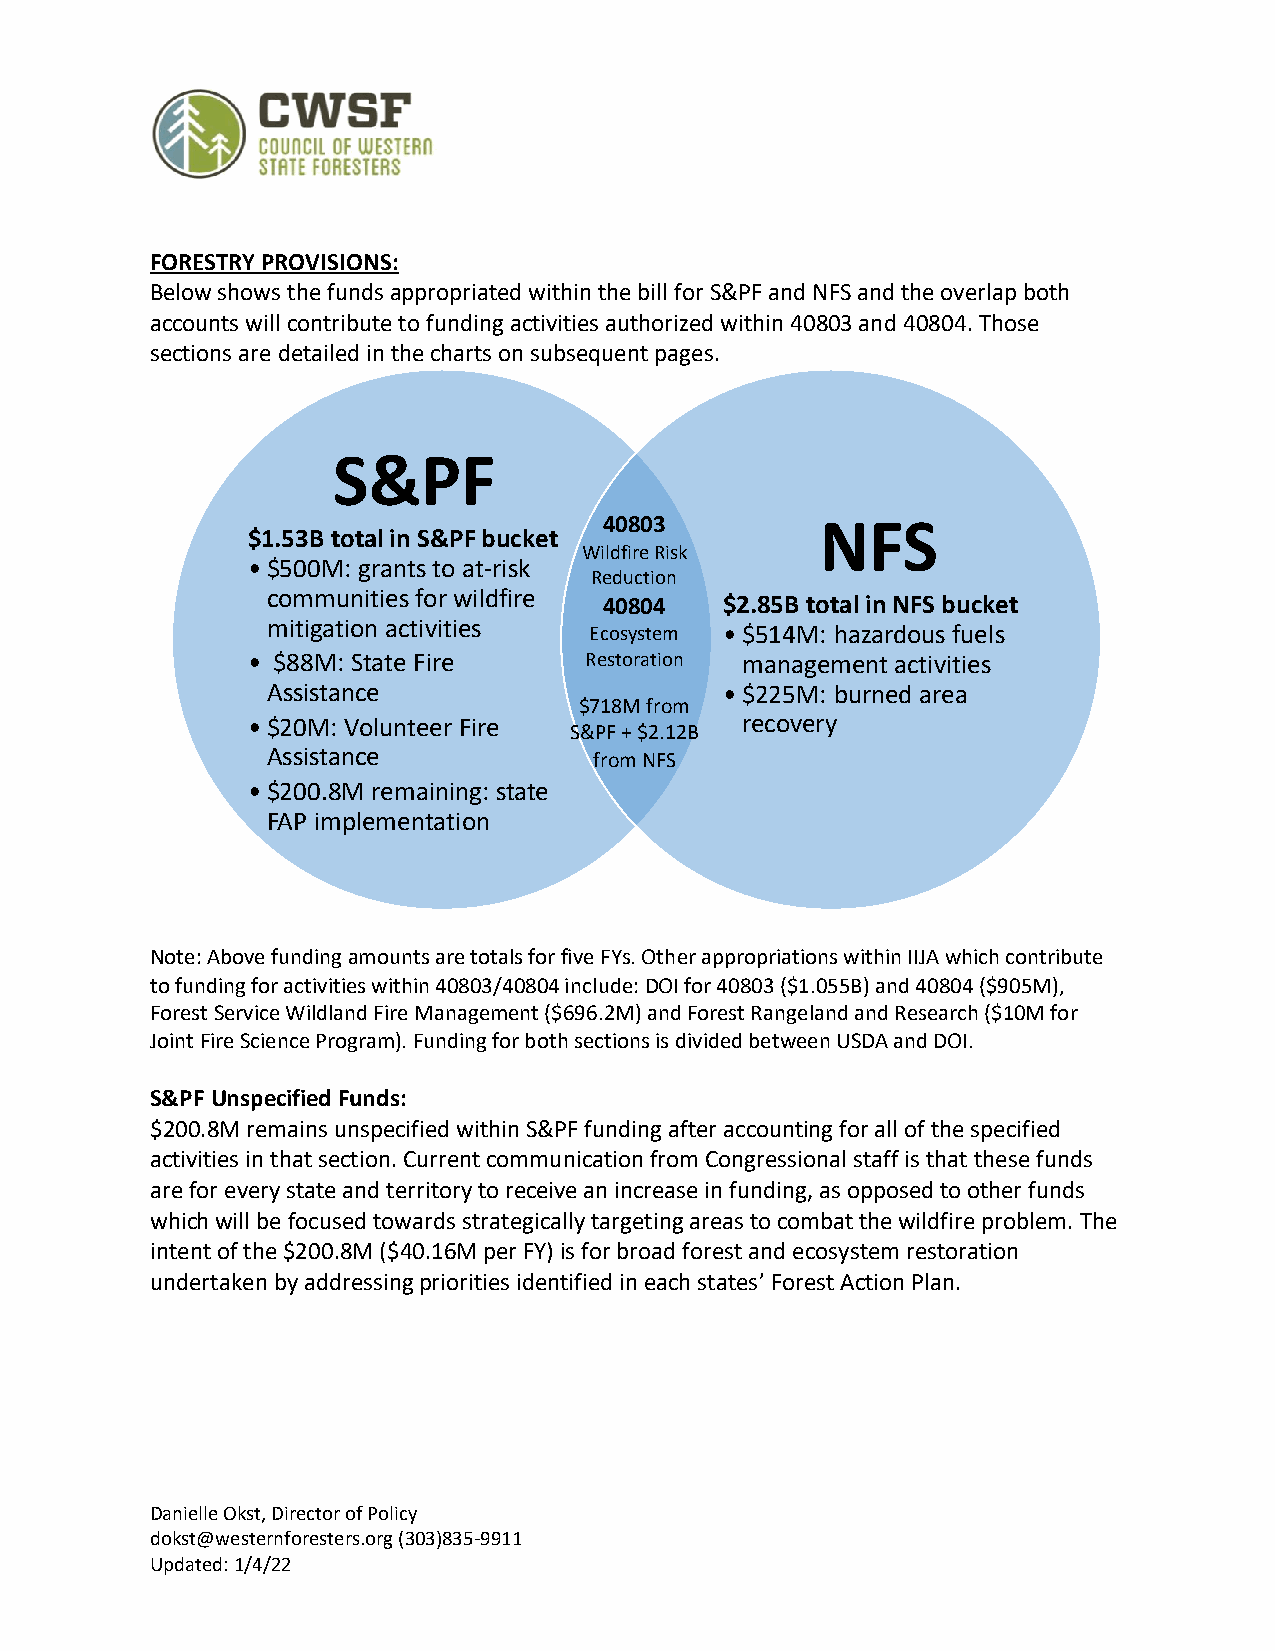
FORESTRY PROVISIONS:
 Below shows the funds appropriated within the bill for S&PF and NFS and the overlap both
 accounts will contribute to funding activities authorized within 40803 and 40804. Those
 sections are detailed in the charts on subsequent pages.
 S&PF
 40803         NFS
 $1.53B total in S&PF bucket
 Wildfire Risk
 •$500M: grants to at-risk
 Reduction
 communities for wildfire 40804 $2.85B total in NFS bucket
 mitigation activities
 Ecosystem •$514M: hazardous fuels
 • $88M: State Fire     Restoration management activities
 Assistance                    •$225M: burned area
 $718M from
 •$20M: Volunteer Fire            recovery
 S&PF + $2.12B
 Assistance           from NFS
 •$200.8M remaining: state
 FAP implementation
 Note: Above funding amounts are totals for five FYs. Other appropriations within IIJA which contribute
 to funding for activities within 40803/40804 include: DOI for 40803 ($1.055B) and 40804 ($905M),
 Forest Service Wildland Fire Management ($696.2M) and Forest Rangeland and Research ($10M for
 Joint Fire Science Program). Funding for both sections is divided between USDA and DOI.
 S&PF Unspecified Funds:
 $200.8M remains unspecified within S&PF funding after accounting for all of the specified
 activities in that section. Current communication from Congressional staff is that these funds
 are for every state and territory to receive an increase in funding, as opposed to other funds
 which will be focused towards strategically targeting areas to combat the wildfire problem. The
 intent of the $200.8M ($40.16M per FY) is for broad forest and ecosystem restoration
 undertaken by addressing priorities identified in each states’ Forest Action Plan.
 Danielle Okst, Director of Policy
 dokst@westernforesters.org (303)835-9911
 Updated: 1/4/22